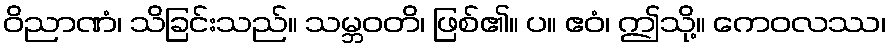
ဝိညာဏံ၊ သိခြင်းသည်။ သမ္ဘဝတိ၊ ဖြစ်၏။ ပ။ ဧဝံ၊ ဤသို့။ ကေဝလဿ၊